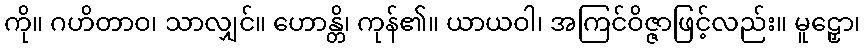
ကို။ ဂဟိတာဝ၊ သာလျှင်။ ဟောန္တိ၊ ကုန်၏။ ယာယဝါ၊ အကြင်ဝိဇ္ဇာဖြင့်လည်း။ မူဠှော၊